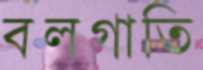
বলগাতি